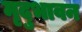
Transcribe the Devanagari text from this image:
मृदुभावन